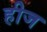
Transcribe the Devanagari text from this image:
हीज